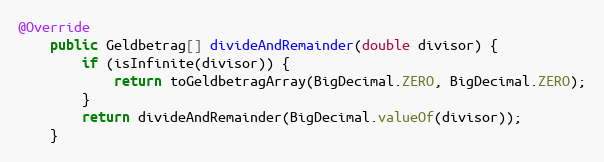
Language: Java
@Override
    public Geldbetrag[] divideAndRemainder(double divisor) {
        if (isInfinite(divisor)) {
            return toGeldbetragArray(BigDecimal.ZERO, BigDecimal.ZERO);
        }
        return divideAndRemainder(BigDecimal.valueOf(divisor));
    }